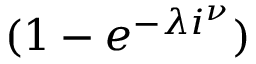
( 1 - e ^ { - \lambda i ^ { \nu } } )